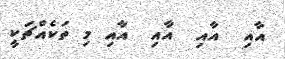
އާއި  އާއި  އާއި  އާއި މި ތަކެއްޗަކީ